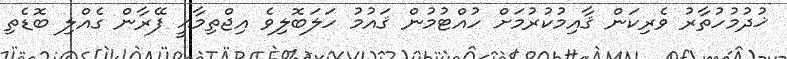
ޚުދުމުހުތާރު ވެރިކަން ޤާއިމުކުރުމަށް ހުއްޓުމުން ޤައުމު ހަލަބޮލިވެ އިޖްތިމާޢީ ފޭރާން ގެއްލި ބޮޑެތި